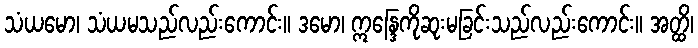
သံယမော၊ သံယမသည်လည်းကောင်း။ ဒမော၊ ဣန္ဒြေကိုဆုးမခြင်းသည်လည်းကောင်း။ အတ္ထိ၊